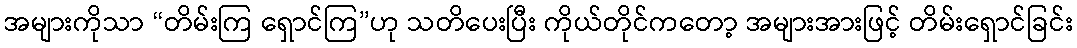
အများကိုသာ “တိမ်းကြ ရှောင်ကြ”ဟု သတိပေးပြီး ကိုယ်တိုင်ကတော့ အများအားဖြင့် တိမ်းရှောင်ခြင်း